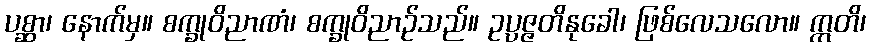
ပစ္ဆာ၊ နောက်မှ။ စက္ခုဝိညာဏံ၊ စက္ခုဝိညာဉ်သည်။ ဥပ္ပဇ္ဇတိနုခေါ၊ ဖြစ်လေသလော။ ဣတိ၊